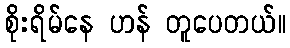
စိုးရိမ်နေ ဟန် တူပေတယ်။